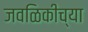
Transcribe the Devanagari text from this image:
जवळिकीच्या